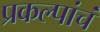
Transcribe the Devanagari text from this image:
प्रकल्पांचं